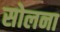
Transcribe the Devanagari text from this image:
सोलना